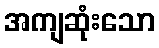
အကျဆုံးသော